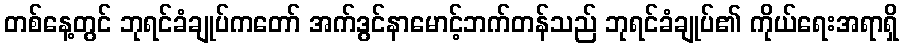
တစ်နေ့တွင် ဘုရင်ခံချုပ်ကတော် အက်ဒွင်နာမောင့်ဘက်တန်သည် ဘုရင်ခံချုပ်၏ ကိုယ်ရေးအရာရှိ